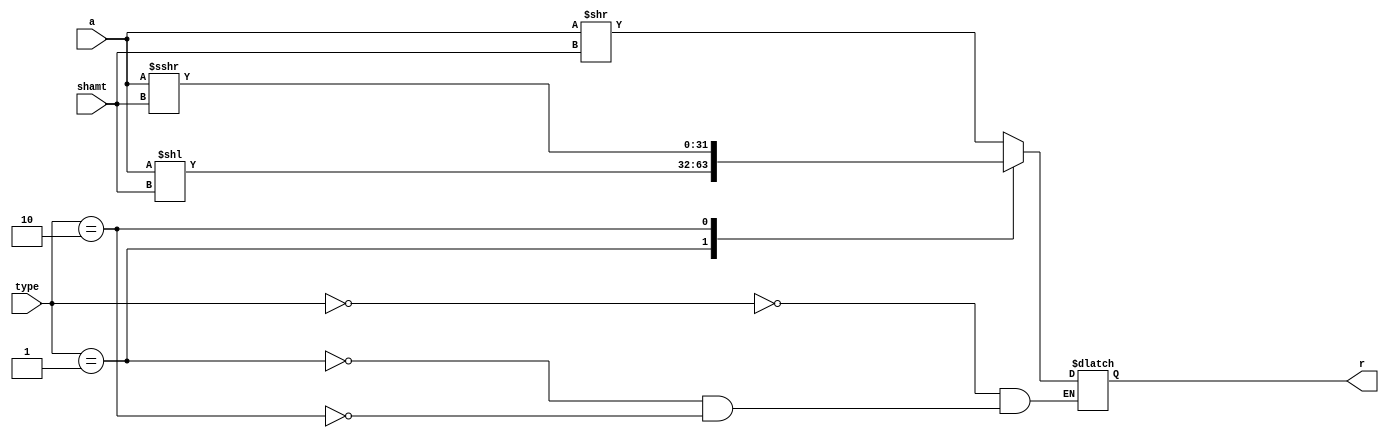
`timescale 1ns / 1ps
//////////////////////////////////////////////////////////////////////////////////
// Company: 
// Engineer: 
// 
// Design Name: 
// Module Name: Shift1
// Project Name: 
// Target Devices: 
// Tool Versions: 
// Description: 
// 
// Dependencies: 
// 
// Revision:
// Revision 0.01 - File Created
// Additional Comments:
// 
//////////////////////////////////////////////////////////////////////////////////
module Shift1(input [31:0] a,input [4:0]  shamt,input [1:0]type,output reg  [31:0] r);
   always @ * begin
        case (type)
            2'b00: r <= (a>>shamt);
            2'b01: r <= (a<<shamt);
            2'b10: r<= ($signed(a)>>>shamt);
        endcase
    end
endmodule